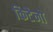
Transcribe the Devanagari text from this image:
किटैनो